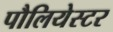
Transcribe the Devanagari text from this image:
पौलियेस्टर